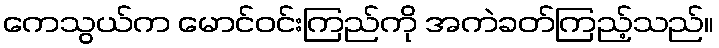
ကေသွယ်က မောင်ဝင်းကြည်ကို အကဲခတ်ကြည့်သည်။